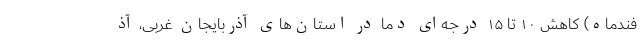
فندماه) کاهش ۱۰ تا ۱۵ درجه‌ای دما در استان‌های آذربایجان غربی، آذ